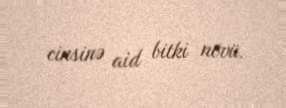
cinsinə aid bitki növü.